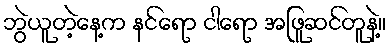
ဘွဲယူတဲ့နေ့က နင်ရော ငါရော အဖြူဆင်တူနဲ့။